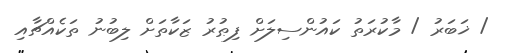
/ ޚަބަރު / މާކުރަތު ކައުންސިލަށް ފިޠުރު ޒަކާތަށް ލިބުނު ތަކެއްޗާއި